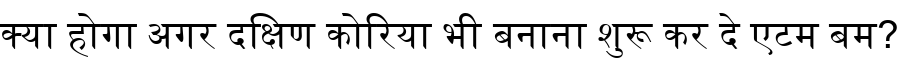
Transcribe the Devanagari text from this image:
क्या होगा अगर दक्षिण कोरिया भी बनाना शुरू कर दे एटम बम?